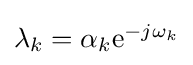
{\textstyle \lambda _{k}=\alpha _{k}\mathrm {e} ^{-j\omega _{k}}}